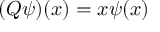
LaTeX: ( Q \psi ) ( x ) = x \psi ( x )